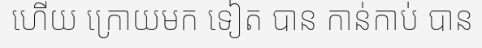
ហើយ ក្រោយមក ទៀត បាន កាន់កាប់ បាន